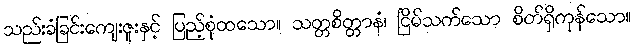
သည်းခံခြင်းကျေးဇူးနှင့် ပြည့်စုံထသော။ သတ္တစိတ္တာနံ၊ ငြိမ်သက်သော စိတ်ရှိကုန်သော။